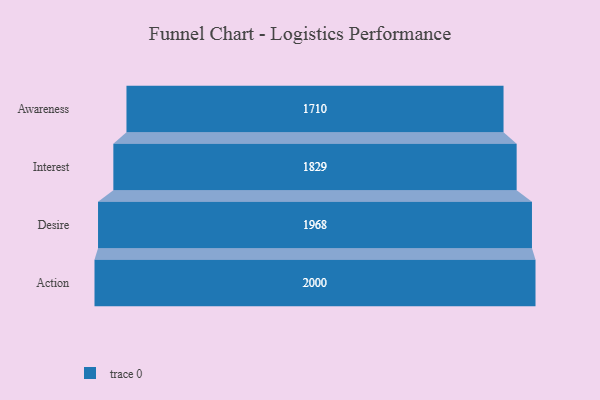
{"axis": {"x": "Stage", "y": "Value"}, "legend": [""], "data": [{"x": "Awareness", "y": 1710.0, "type": ""}, {"x": "Interest", "y": 1829.0, "type": ""}, {"x": "Desire", "y": 1968.0, "type": ""}, {"x": "Action", "y": 2000, "type": ""}]}